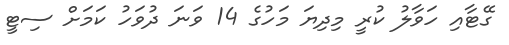
ގޭޓާއި ހަވާލު ކުރީ މިދިޔަ މަހުގެ 14 ވަނަ ދުވަހު ކަމަށް ސިޓީ